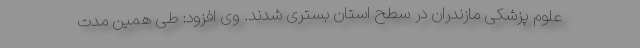
علوم پزشکی مازندران در سطح استان بستری شدند. وی افزود: طی همین مدت